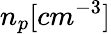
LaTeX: n_{p}[cm^{-3}]